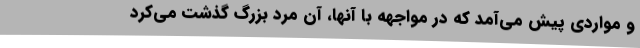
و مواردی پیش می‌آمد که در مواجهه با آنها، آن مرد بزرگ گذشت می‌کرد